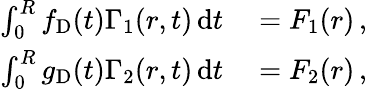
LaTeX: \begin{array}{rl}{\int_{0}^{R}f_{\mathrm{D}}(t)\Gamma_{1}(r,t)\, \mathrm{d}t}&{{}=F_{1}(r)\, ,}\\ {\int_{0}^{R}g_{\mathrm{D}}(t)\Gamma_{2}(r,t)\, \mathrm{d}t}&{{}=F_{2}(r)\, ,}\end{array}